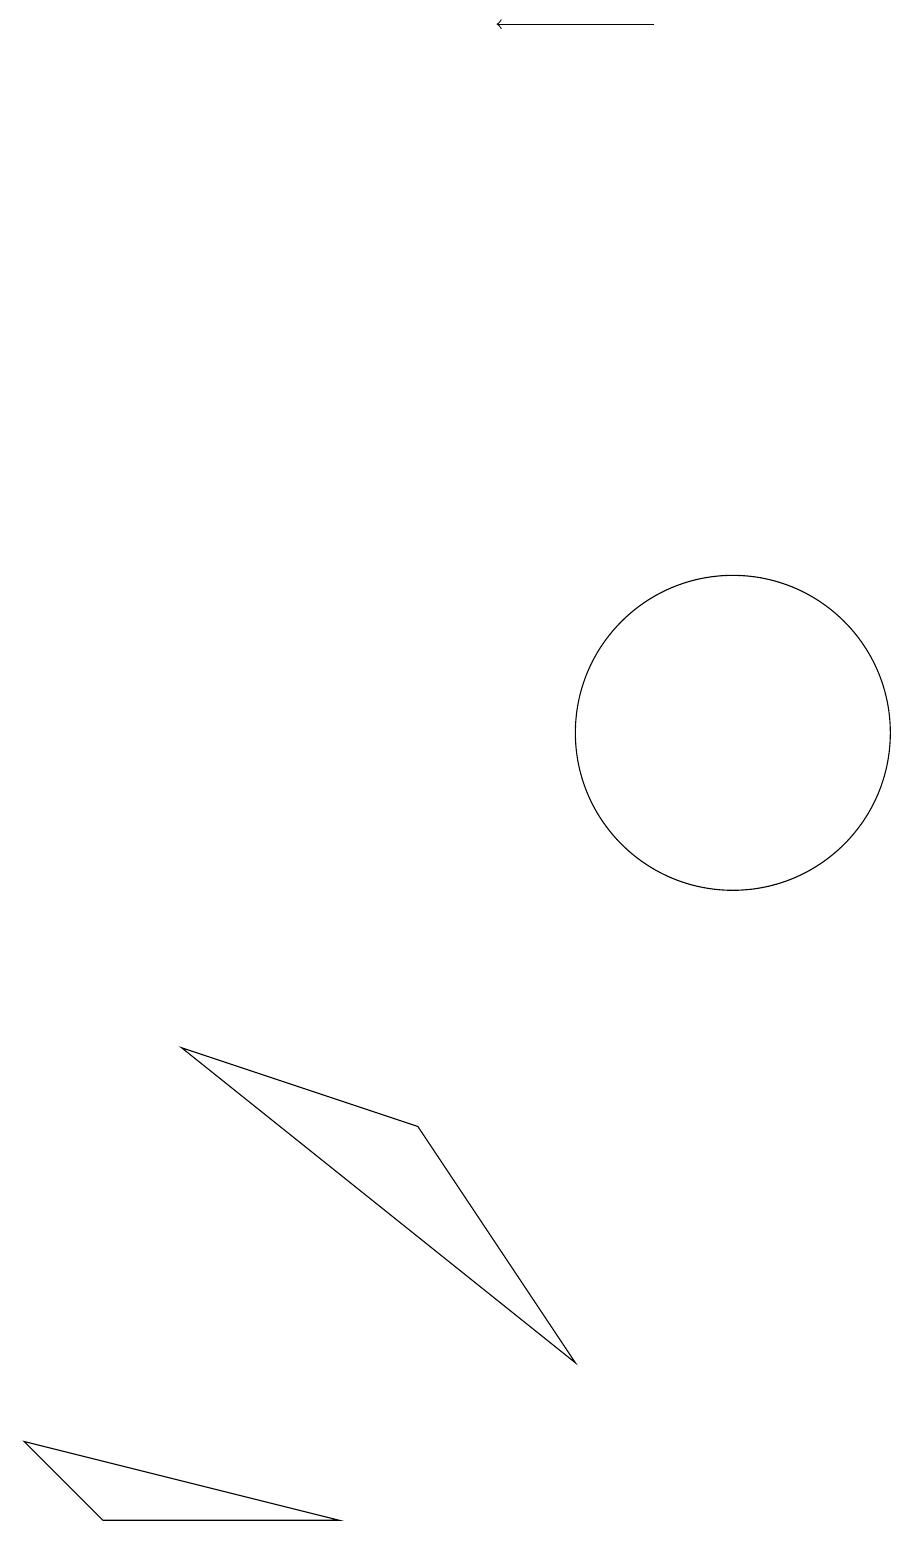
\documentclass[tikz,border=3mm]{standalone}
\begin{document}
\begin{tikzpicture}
\draw[->] (9,19) -- (7,19);
\draw (3,6) -- (6,5) -- (8,2) -- cycle;
\draw (10,10) circle (2);
\draw (5,0) -- (1,1) -- (2,0) -- cycle;
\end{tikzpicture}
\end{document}